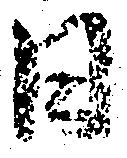
日